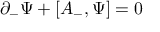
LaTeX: \partial _ { - } { \Psi } + [ A _ { - } , { \Psi } ] = 0